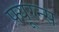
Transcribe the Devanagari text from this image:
फ्यूरन्स